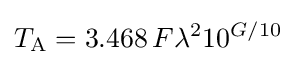
T_{\text{A}}=3.468\,F{{\lambda }^{2}}10^{G/10}